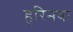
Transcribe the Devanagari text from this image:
हरिनवा